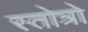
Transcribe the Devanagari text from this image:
स्तोत्रो